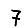
Digit: 7